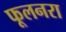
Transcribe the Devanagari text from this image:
फूलनरा